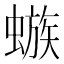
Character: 𲀆